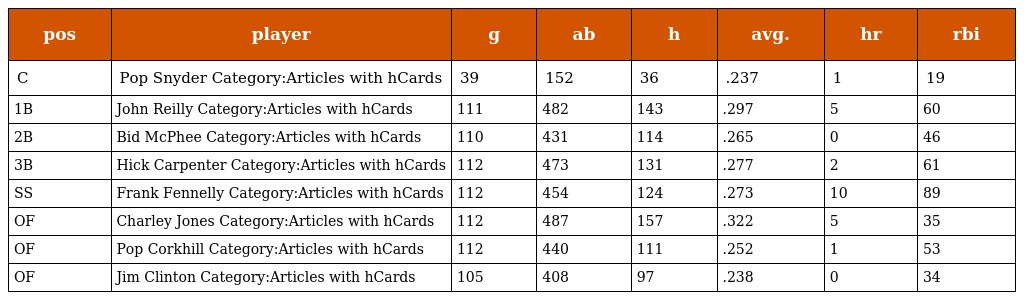
| pos | player | g | ab | h | avg. | hr | rbi |
 | --- | --- | --- | --- | --- | --- | --- | --- |
 | C | Pop Snyder Category:Articles with hCards | 39 | 152 | 36 | .237 | 1 | 19 |
 | 1B | John Reilly Category:Articles with hCards | 111 | 482 | 143 | .297 | 5 | 60 |
 | 2B | Bid McPhee Category:Articles with hCards | 110 | 431 | 114 | .265 | 0 | 46 |
 | 3B | Hick Carpenter Category:Articles with hCards | 112 | 473 | 131 | .277 | 2 | 61 |
 | SS | Frank Fennelly Category:Articles with hCards | 112 | 454 | 124 | .273 | 10 | 89 |
 | OF | Charley Jones Category:Articles with hCards | 112 | 487 | 157 | .322 | 5 | 35 |
 | OF | Pop Corkhill Category:Articles with hCards | 112 | 440 | 111 | .252 | 1 | 53 |
 | OF | Jim Clinton Category:Articles with hCards | 105 | 408 | 97 | .238 | 0 | 34 |